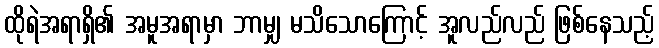
ထိုရဲအရာရှိ၏ အမူအရာမှာ ဘာမျှ မသိသောကြောင့် အူလည်လည် ဖြစ်နေသည့်